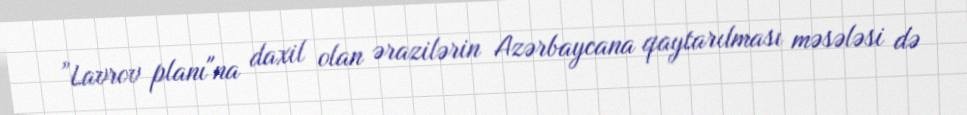
”Lavrov planı"na daxil olan ərazilərin Azərbaycana qaytarılması məsələsi də